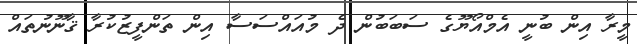
މީރާ އިން ބުނީ އެމްއޯޔޫގެ ސަބަބުން ދެ މުއައްސަސާ އިން ތަންފީޒުކުރާ ޤާނޫނުތައް